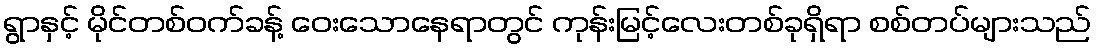
ရွာနှင့် မိုင်တစ်ဝက်ခန့် ဝေးသောနေရာတွင် ကုန်းမြင့်လေးတစ်ခုရှိရာ စစ်တပ်များသည်